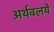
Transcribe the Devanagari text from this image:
अर्थवलये